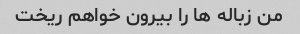
من زباله ها را بیرون خواهم ریخت